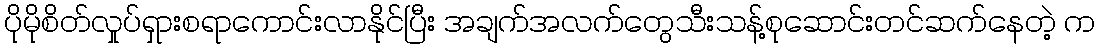
ပိုမိုစိတ်လှုပ်ရှားစရာကောင်းလာနိုင်ပြီး အချက်အလက်တွေသီးသန့်စုဆောင်းတင်ဆက်နေတဲ့ က